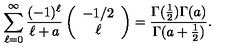
\sum _ { \ell = 0 } ^ { \infty } { \frac { ( - 1 ) ^ { \ell } } { \ell + a } } \left( \begin{array} { c } { - 1 / 2 } \\ { \ell } \\ \end{array} \right) = { \frac { \Gamma ( { \frac { 1 } { 2 } } ) \Gamma ( a ) } { \Gamma ( a + { \frac { 1 } { 2 } } ) } } .